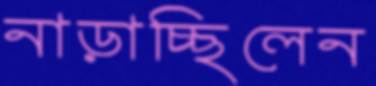
নাড়াচ্ছিলেন